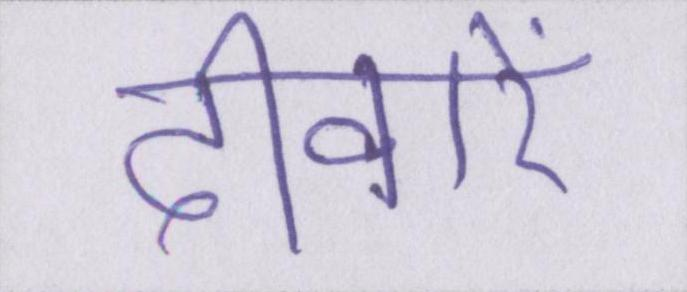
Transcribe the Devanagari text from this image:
दीवारें